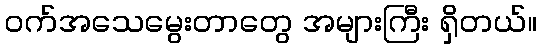
၀က်အသေမွေးတာတွေ အများကြီး ရှိတယ်။